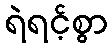
ရဲရင့်စွာ